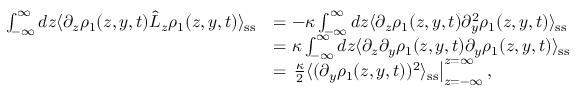
\begin{array} { r l } { \int _ { - \infty } ^ { \infty } d z \langle \partial _ { z } \rho _ { 1 } ( z , y , t ) \hat { L } _ { z } \rho _ { 1 } ( z , y , t ) \rangle _ { \mathrm { s s } } } & { = - \kappa \int _ { - \infty } ^ { \infty } d z \langle \partial _ { z } \rho _ { 1 } ( z , y , t ) \partial _ { y } ^ { 2 } \rho _ { 1 } ( z , y , t ) \rangle _ { \mathrm { s s } } } \\ & { = \kappa \int _ { - \infty } ^ { \infty } d z \langle \partial _ { z } \partial _ { y } \rho _ { 1 } ( z , y , t ) \partial _ { y } \rho _ { 1 } ( z , y , t ) \rangle _ { \mathrm { s s } } } \\ & { = \left. \frac { \kappa } { 2 } \langle ( \partial _ { y } \rho _ { 1 } ( z , y , t ) ) ^ { 2 } \rangle _ { \mathrm { s s } } \right| _ { z = - \infty } ^ { z = \infty } , } \end{array}